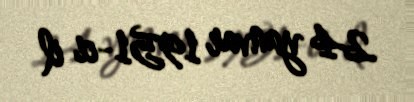
24 yanvar 1951-ci il